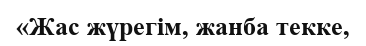
«Жас жүрегім, жанба текке,